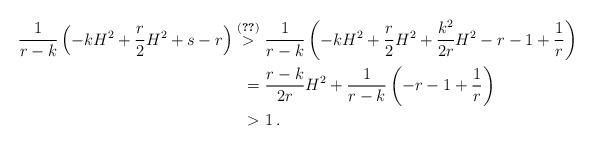
LaTeX: \begin{align*}\frac{1}{r-k}\left(-kH^2 + \frac{r}{2}H^2+s-r\right)\overset{\eqref{bound for s}}{>}\ & \frac{1}{r-k}\left(-kH^2 + \frac{r}{2}H^2+\frac{k^2}{2r}H^2-r -1+\frac{1}{r}\right)\\= \ & \frac{r-k}{2r}H^2 + \frac{1}{r-k}\left(-r -1+\frac{1}{r}\right)\\> \ & 1\,.\end{align*}